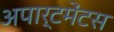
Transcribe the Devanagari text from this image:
अपार्टमेंटस